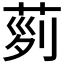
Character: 𦱝